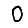
Digit: 0